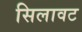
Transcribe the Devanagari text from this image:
सिलावट